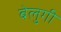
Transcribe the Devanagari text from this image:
बेलुगी